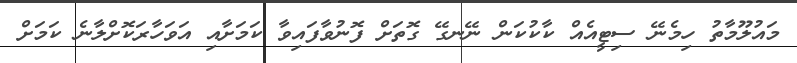
މައުލޫމާތު ހިމެނޭ ސިޓީއެއް ކާކުކަން ނޭނގޭ ގޮތަށް ފޮނުވާފައިވާ ކަމަށާއި އަވަހާރަކޮށްލާނެ ކަމަށް